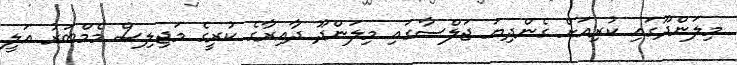
މިލަންދޫގައި ކުރިއަށް ގެންދިޔަ ޖަލްސާގައި މިލަންދޫ ދާއިރާގެ ކުރީގެ މަޖިލިސް މެމްބަރު އަލީ